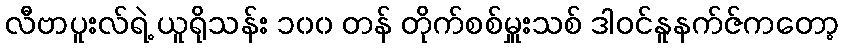
လီဗာပူးလ်ရဲ့ ယူရိုသန်း ၁၀၀ တန် တိုက်စစ်မှူးသစ် ဒါဝင်နူနက်ဇ်ကတော့